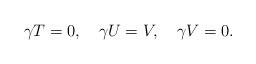
LaTeX: \begin{align*}\gamma T=0,\quad \gamma U=V,\quad \gamma V=0.\end{align*}